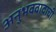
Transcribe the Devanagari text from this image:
अनुभववादाची